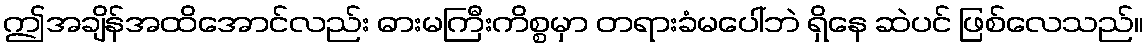
ဤအချိန်အထိအောင်လည်း ဓားမကြီးကိစ္စမှာ တရားခံမပေါ်ဘဲ ရှိနေ ဆဲပင် ဖြစ်လေသည်။